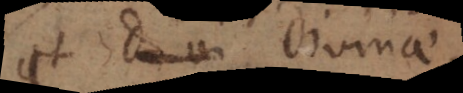
et Divinae